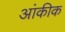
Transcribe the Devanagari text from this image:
आंकीक